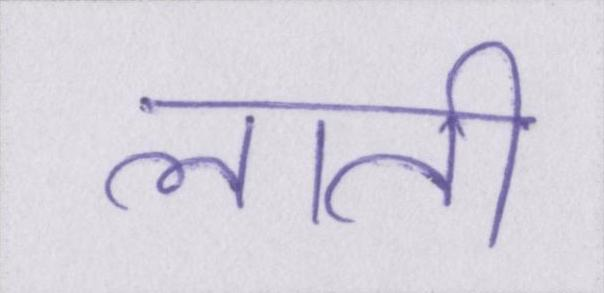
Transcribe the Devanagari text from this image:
लाती